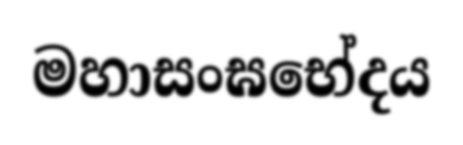
මහාසංඝභේදය